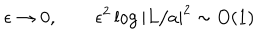
\epsilon \rightarrow 0 , \qquad \epsilon ^ { 2 } \log | L / a | ^ { 2 } \sim O ( 1 )